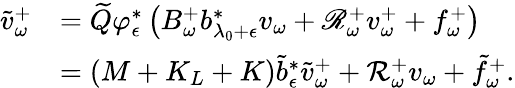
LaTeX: \begin{array}{rl}{\tilde{v}_{\omega}^{+}}&{=\widetilde Q\varphi_{\epsilon}^{*}\left(B_{\omega}^{+}b_{\lambda_{0}+\epsilon}^{*}v_{\omega}+\mathscr R_{\omega}^{+}v_{\omega}^{+}+f_{\omega}^{+}\right)}\\ &{=(M+K_{L}+K)\tilde{b}_{\epsilon}^{*}\tilde{v}_{\omega}^{+}+\mathcal R_{\omega}^{+}v_{\omega}+\tilde{f}_{\omega}^{+}.}\end{array}